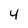
Character: 4